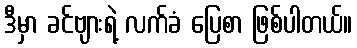
ဒီမှာ ခင်ဗျားရဲ့ လက်ခံ ပြေစာ ဖြစ်ပါတယ်။